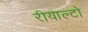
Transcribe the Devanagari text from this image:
रीयाल्टो